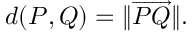
d ( P , Q ) = \| { \overrightarrow { P Q } } \| .